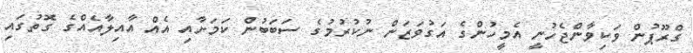
ގްރޫޕުން ވަކިވާންޖެހުނީ އެމީހުންގެ އަގުވަޒަން ނުކުރުމުގެ ސަބަބުން ކަމަށާއި އެއް އާއިލާއެއްގެ ގޮތުގައި